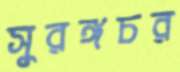
সুরঙ্গচর